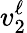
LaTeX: v_{2}^{\ell}